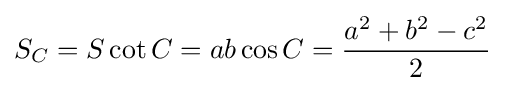
S_{C}=S\cot C=ab\cos C={\frac {a^{2}+b^{2}-c^{2}}{2}}